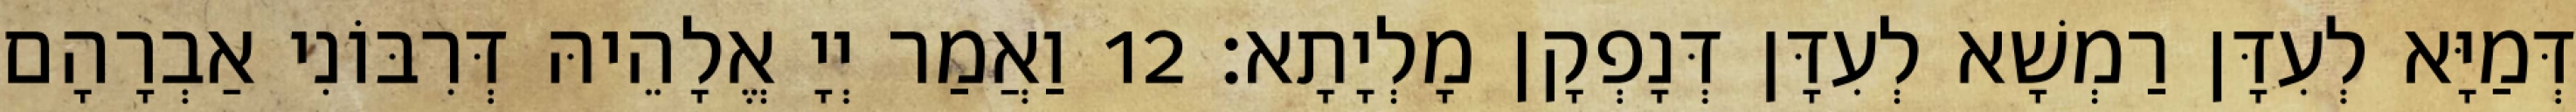
דְּמַיָּא לְעִדָּן רַמְשָׁא לְעִדָּן דְּנָפְקָן מָלְיָתָא׃ 12 וַאֲמַר יְיָ אֱלָהֵיהּ דְּרִבּוֹנִי אַבְרָהָם